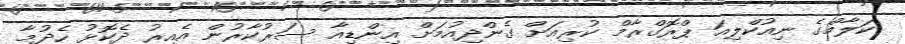
ކަލާމްގެ ނިއުކްލިއަ ޕްރޮގްރާމް ކުރިއަށް ގެންދިއުމަށް އިންޑިއާ ސަރުކާރުން އެއިރު ދެކޮޅު ހެދުމާ